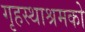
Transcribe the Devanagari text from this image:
गृहस्थाश्रमको